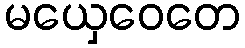
မယှေဝေတေ